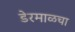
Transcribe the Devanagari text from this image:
डेरमाळचा